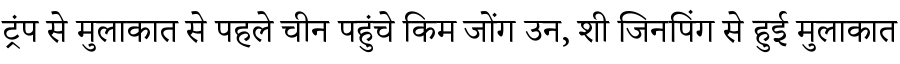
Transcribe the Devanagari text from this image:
ट्रंप से मुलाकात से पहले चीन पहुंचे किम जोंग उन, शी जिनपिंग से हुई मुलाकात